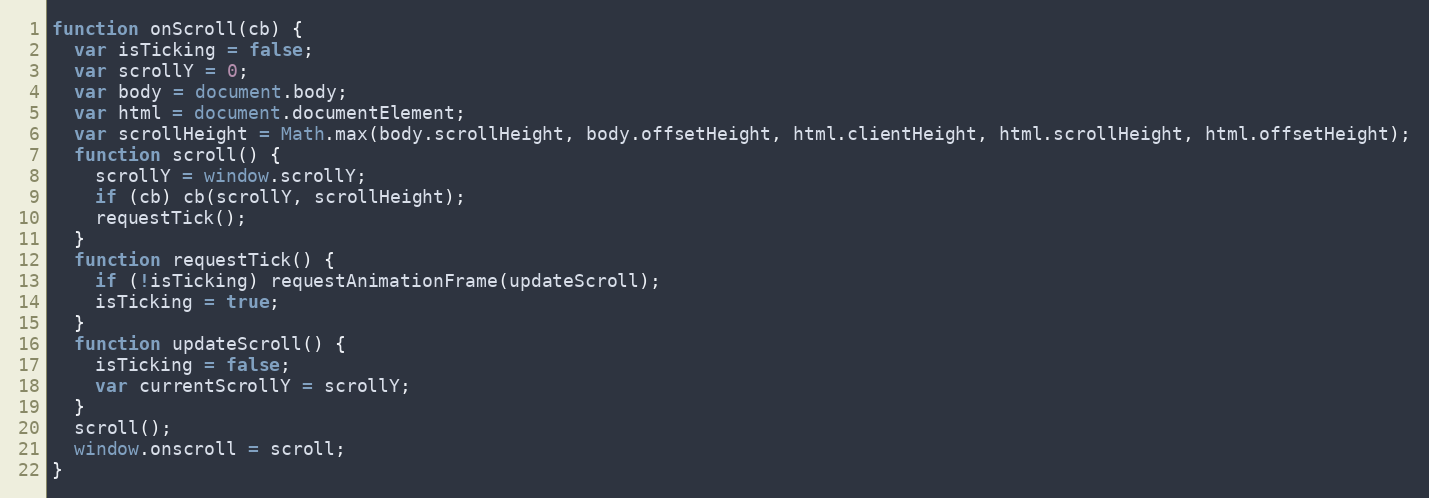
Language: JavaScript
function onScroll(cb) {
  var isTicking = false;
  var scrollY = 0;
  var body = document.body;
  var html = document.documentElement;
  var scrollHeight = Math.max(body.scrollHeight, body.offsetHeight, html.clientHeight, html.scrollHeight, html.offsetHeight);
  function scroll() {
    scrollY = window.scrollY;
    if (cb) cb(scrollY, scrollHeight);
    requestTick();
  }
  function requestTick() {
    if (!isTicking) requestAnimationFrame(updateScroll);
    isTicking = true;
  }
  function updateScroll() {
    isTicking = false;
    var currentScrollY = scrollY;
  }
  scroll();
  window.onscroll = scroll;
}